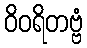
ဝိဝရိတဗ္ဗံ